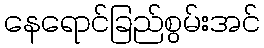
နေရောင်ခြည်စွမ်းအင်